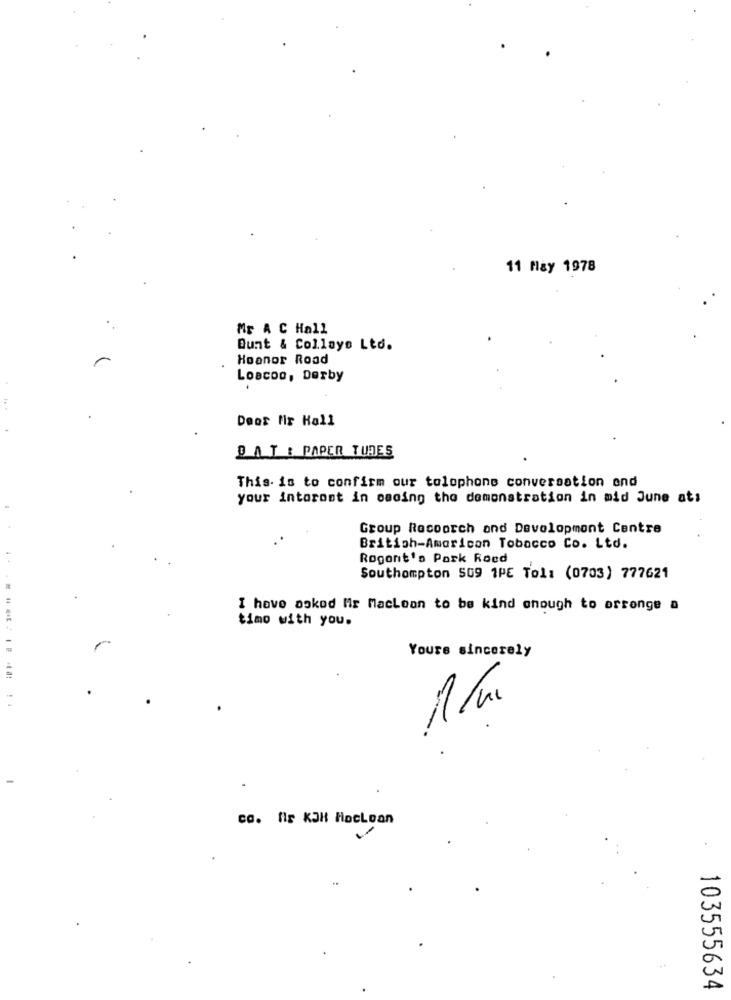
11 May 1978
Mr A C Hall
Bunt & Collaye Ltd.
Hoanor Road
Loacoo, Derby
Deor fir Hall
DAT : PAPER TURES
This is to confirm our tolophone conversation end
your intoront in oscing the demonstration in mid June atı
Group Rocoorch and Development Centre
British-American Tobacco Co. Ltd.
Rogont's Pork Roed
Southampton 509 1PE Tel: (0703) 777621
I have asked Mir Maclean to be kind enough to arrange a
timo with you.
Yours sincerely
1 Pm
ca. Ils KJH Hoclean
103555634